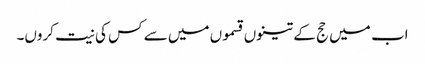
اب میں حج کے تینوں قسموں میں سے کس کی نیت کروں۔